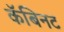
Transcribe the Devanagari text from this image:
कॅबिनट